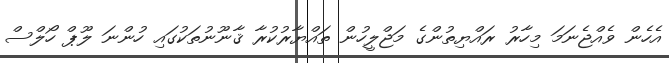
އެހެން ވެއްޖެނަމަ މިހާރު ރައްޔިތުންގެ މަޖްލީހުން ތައްޔާރުކުރާ ޤާނޫނުތަކުގައި ހުންނަ ލޫޕް ހޯލްސް